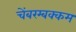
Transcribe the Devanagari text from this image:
चेंबरम्बक्कम